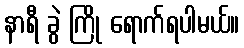
နာရီ ခွဲ ကြို ရောက်ရပါမယ်။